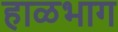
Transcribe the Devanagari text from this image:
हाळभाग